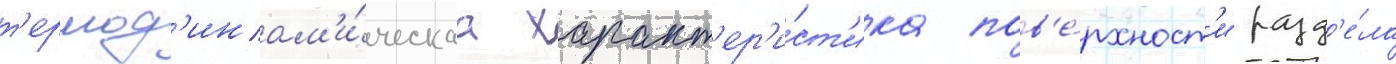
т'ермод'инам'и́ческаа характ'ер'и́ст'ика пов'е́рхност'и разд'е́ла